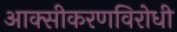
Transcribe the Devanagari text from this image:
आक्सीकरणविरोधी